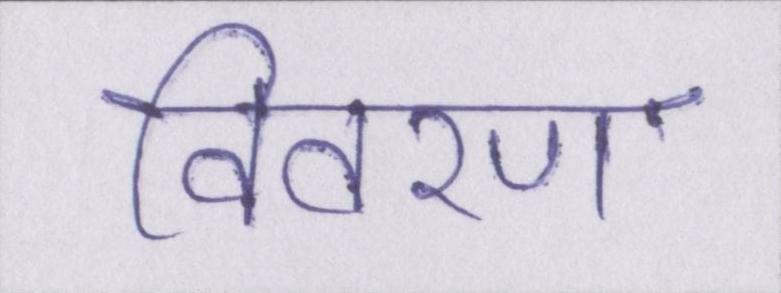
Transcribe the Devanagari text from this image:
विवरण